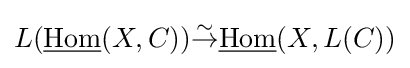
L({\underline {\operatorname {Hom} }}(X,C)){\overset {\sim }{\to }}{\underline {\operatorname {Hom} }}(X,L(C))